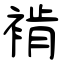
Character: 褃